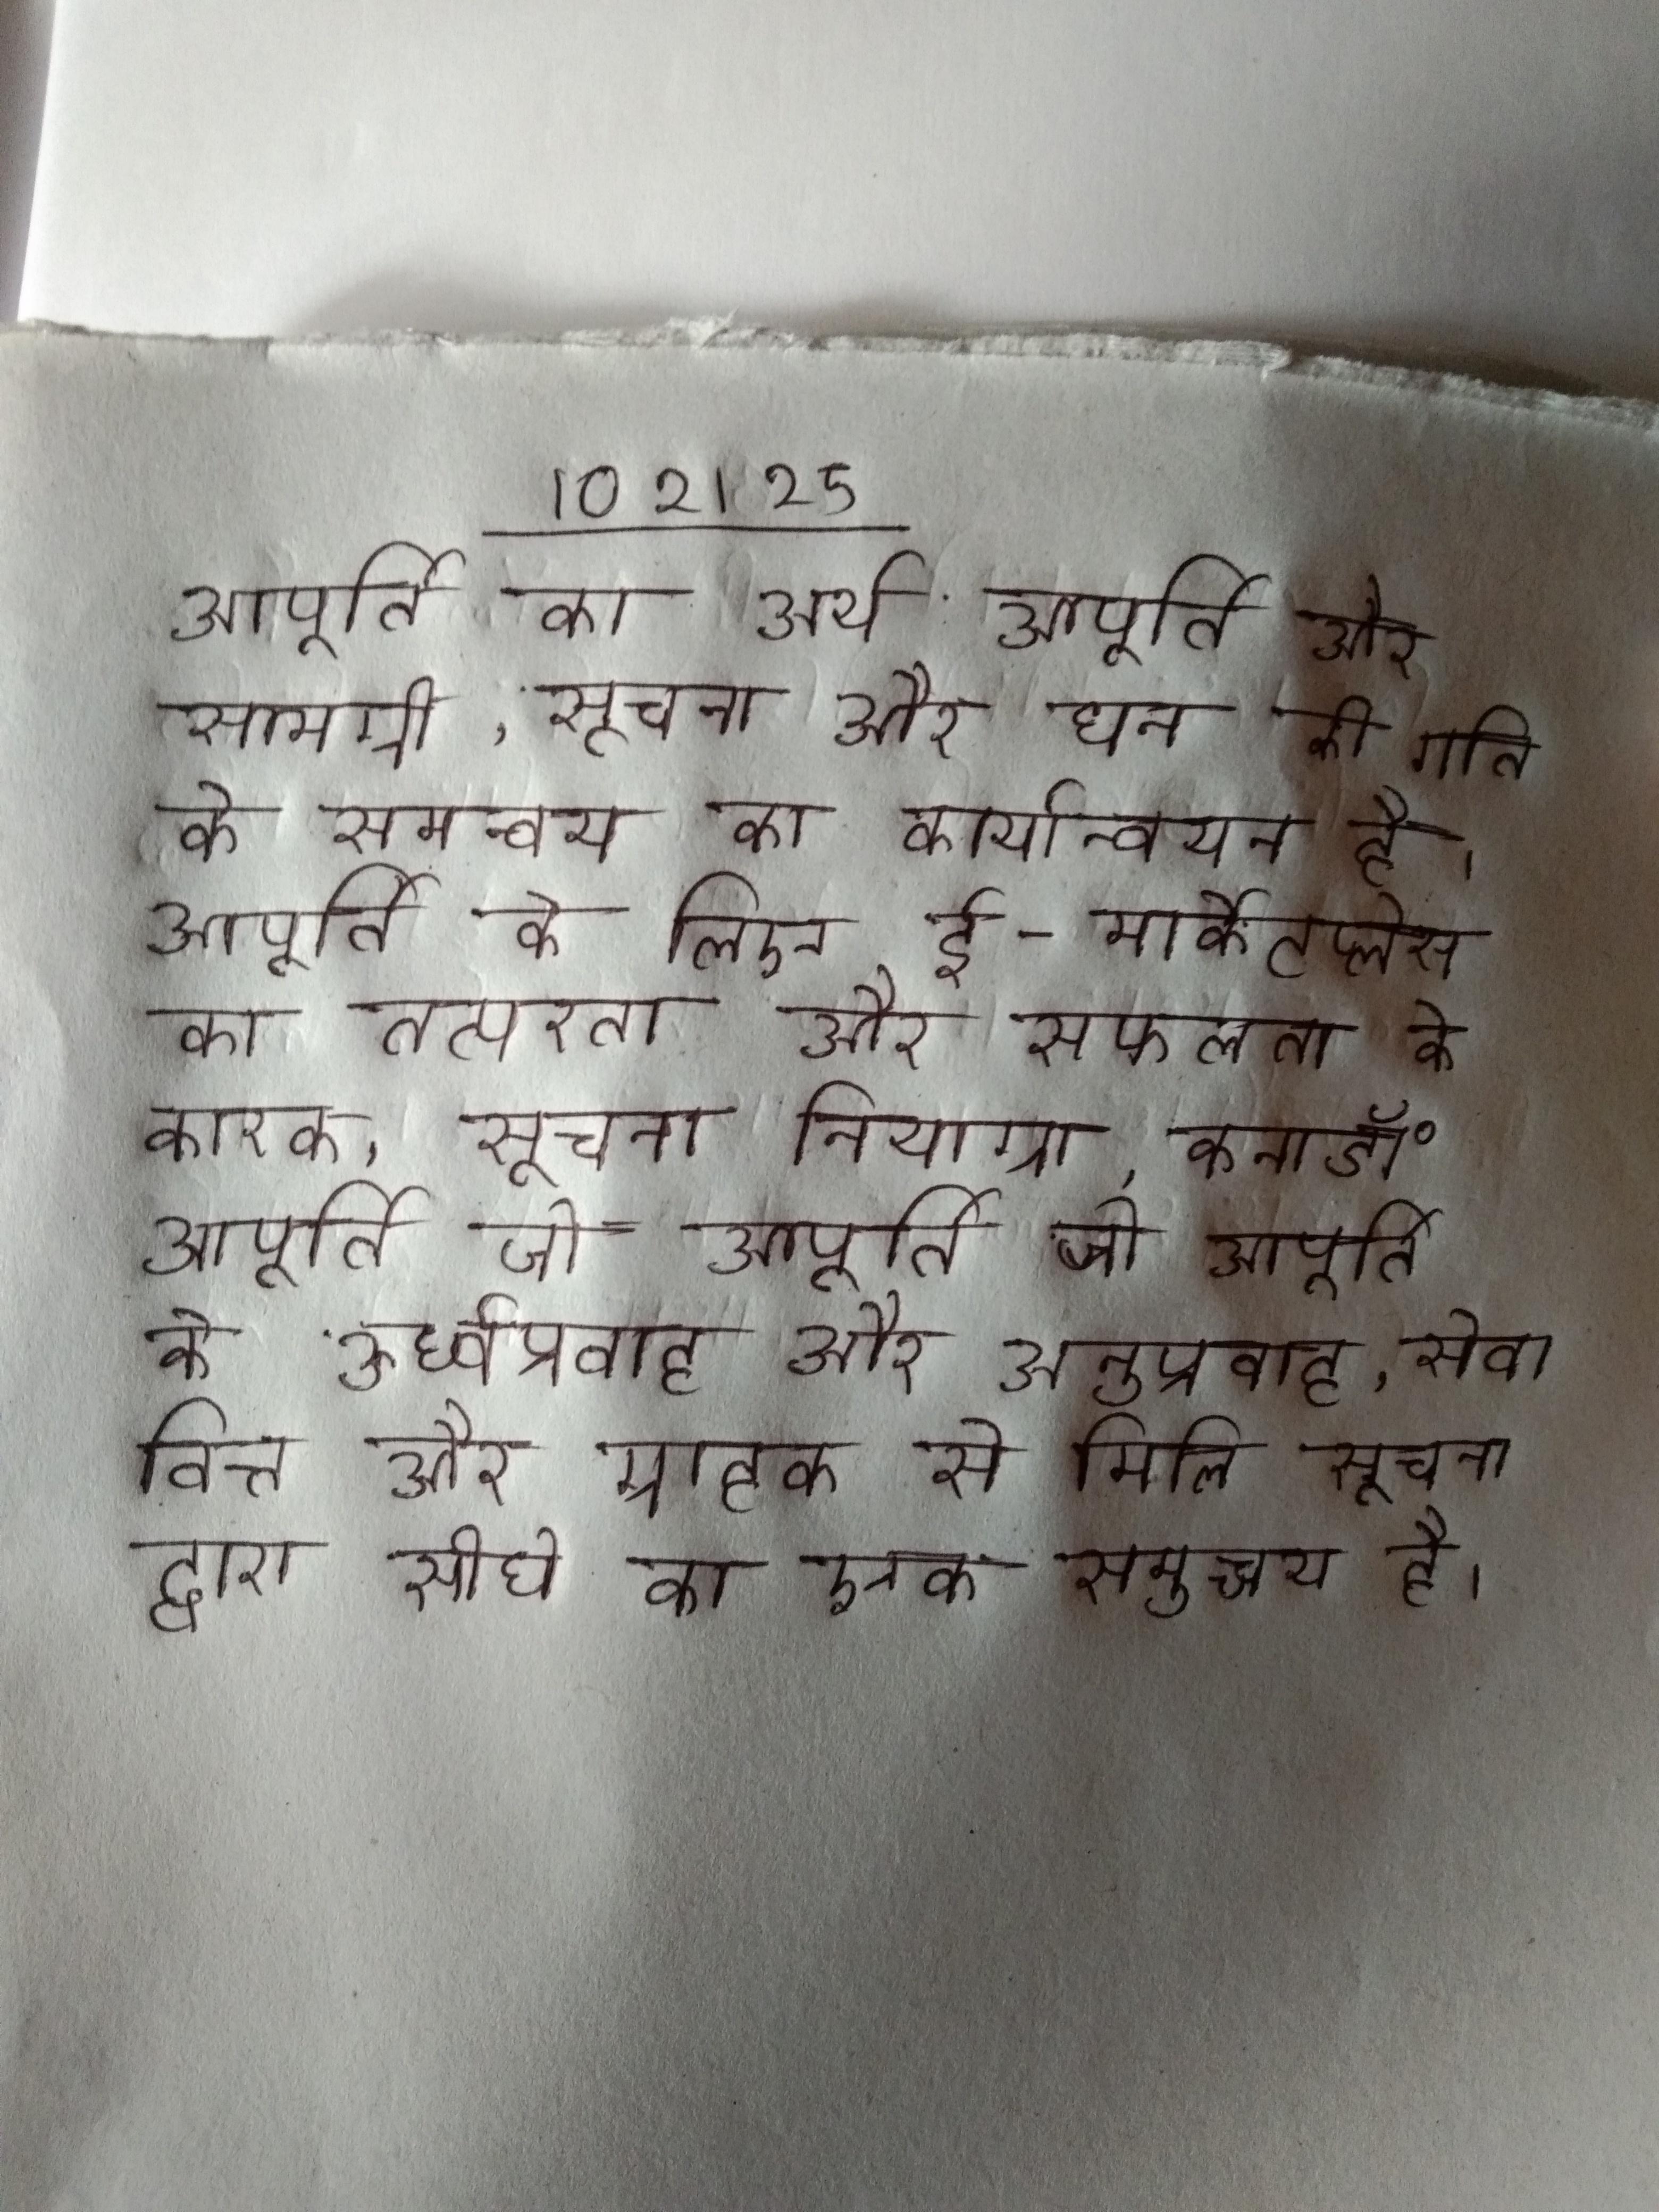
आपूर्ति का अर्थ आपूर्ति और सामग्री, सूचना और धन की गति के समन्वय का कार्यान्वयन है । आपूर्ति के लिए ई-मार्केटप्लेस का तत्परता और सफलता के कारक, सूचना नियाग्रा, कनाडॉ॰ आपूर्ति जो आपूर्ति के खिलाफ जाती है, एक या एक से अधिक के ऊर्ध्वप्रवाह और अनुप्रवाह, सेवा, वित्त और ग्राहक से मिली सूचना द्वारा सीधे का एक समुच्चय है ।